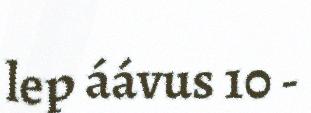
lep áávus 10 -